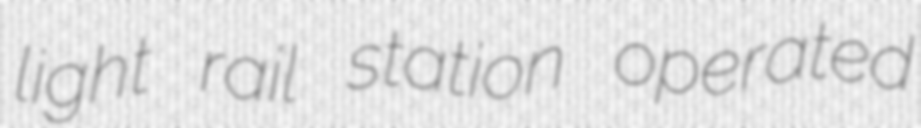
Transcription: light rail station operated